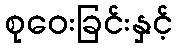
စုဝေးခြင်းနှင့်